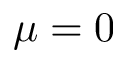
\mu = 0